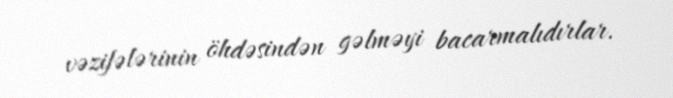
vəzifələrinin öhdəsindən gəlməyi bacarmalıdırlar.